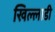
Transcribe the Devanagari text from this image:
खिल्लाडी